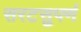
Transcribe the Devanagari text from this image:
सरटसुपर्ण